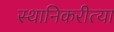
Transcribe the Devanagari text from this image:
स्थानिकरीत्या